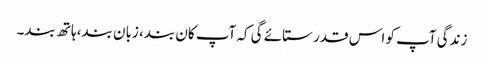
زندگی آپ کو اس قدر ستائے گی کہ آپ کان بند، زبان بند، ہاتھ بند۔